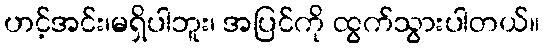
ဟင့်အင်း၊မရှိပါဘူး၊ အပြင်ကို ထွက်သွားပါတယ်။